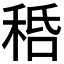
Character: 𥞸